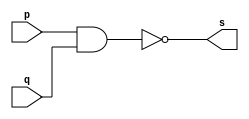
// --------------------- 
// Exemplo0006 - NAND 
// Nome: Daniel Telles McGinnis 
// --------------------- 
// Previso:
// A sada  a negao da conjuno das entradas.
// Teste 1:
// Entradas: (a=0 e b=0), (a=0 e b=1), (a=1 e b=0) e (a=1 e b=1)
// Observaes da sada:
// A sada  uma tabela verdade da negao da conjuno.
// --------------------- 
// -- nand gate 
// --------------------- 
module nandgate (output s, input p, input q); 
	assign s = ~(p&q); 
endmodule // nand gate
// --------------------- 
// -- test nandgate 
// --------------------- 
module testnandgate; 
	// ------------------------- dados locais 
	reg a, b; // definir registrador 
	wire s;   // definir conexao (fio) 
	// ------------------------- instancia 
	nandgate NAND1 (s, a, b); 
	// ------------------------- preparacao 
	initial begin:start 
		a=0;
		b=0;
	end 
	// ------------------------- parte principal 
	initial begin:main 
		$display("Exemplo0006 - Daniel Telles McGinnis - 435042"); 
		$display("Test nand gate"); 
		$display("~(a & b) = s\n");
		$display("  a   b    s");
		a=0; b=0;
		#1 $display("  %b   %b    %b", a, b, s);
		a=0; b=1;
		#1 $display("  %b   %b    %b", a, b, s);
		a=1; b=0;
		#1 $display("  %b   %b    %b", a, b, s);
		a=1; b=1;
		#1 $display("  %b   %b    %b", a, b, s);
	end 
endmodule // testnandgate